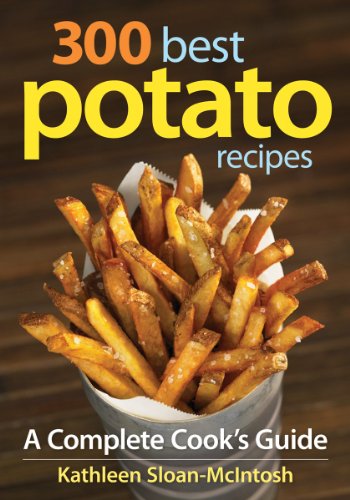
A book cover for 300 Best Potato Recipes: A Complete Cook's Guide; Kathleen Sloan-McIntosh; Cookbooks, Food & Wine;